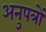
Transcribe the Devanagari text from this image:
अनुपत्रों